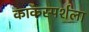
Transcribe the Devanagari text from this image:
काकस्पर्शला